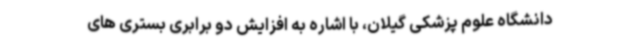
دانشگاه علوم پزشکی گیلان، با اشاره به افزایش دو برابری بستری های